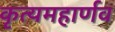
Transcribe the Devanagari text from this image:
कृत्यमहार्णव